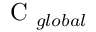
\mathrm { ~ C ~ } _ { g l o b a l }